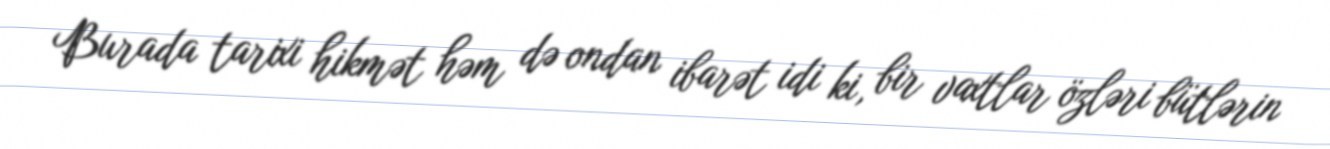
Burada tarixi hikmət həm də ondan ibarət idi ki, bir vaxtlar özləri bütlərin